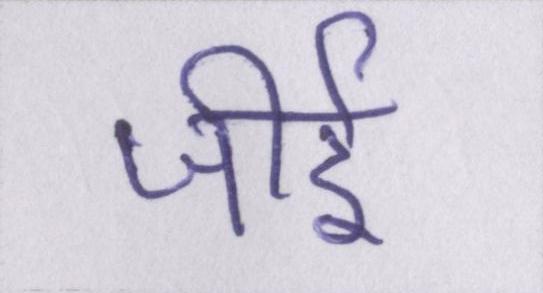
जीर्इ